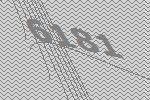
6181